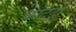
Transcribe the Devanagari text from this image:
कोटट्रो